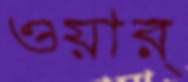
ওয়ার্